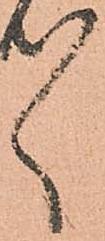
々